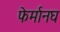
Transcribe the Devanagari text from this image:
फेर्मानघ